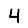
Digit: 4